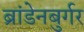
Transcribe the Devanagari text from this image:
ब्रांडेनबुर्गर